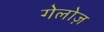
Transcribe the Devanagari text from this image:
गेलोज़